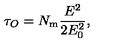
\tau _ { O } = N _ { \mathrm { m } } { \frac { E ^ { 2 } } { 2 E _ { 0 } ^ { 2 } } } ,